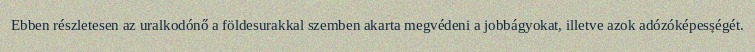
Ebben részletesen az uralkodónő a földesurakkal szemben akarta megvédeni a jobbágyokat, illetve azok adózóképességét.